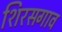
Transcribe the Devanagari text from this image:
शिरसगाव